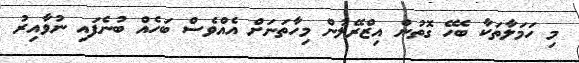
މި ހަމަލާތަކާ ބެހޭ ގޮތުން އިޒްރޭލުން މިހާތަނަށް އެއްވެސް ބަހެއް ބުނެފައި ނުވާއިރު